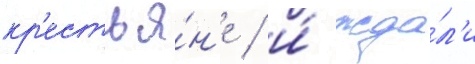
кр'естья́н'е / и́ жда́л'и